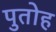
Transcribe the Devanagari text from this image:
पुतोह